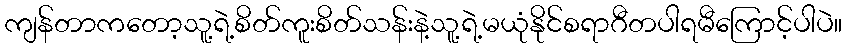
ကျန်တာကတော့သူ့ရဲ့စိတ်ကူးစိတ်သန်းနဲ့သူ့ရဲ့မယုံနိုင်စရာဂီတပါရမီကြောင့်ပါပဲ။